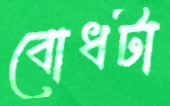
বোধটা